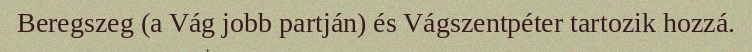
Beregszeg (a Vág jobb partján) és Vágszentpéter tartozik hozzá.